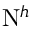
\mathrm { N } ^ { h }